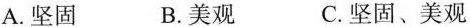
A.坚固 B.美观 C.坚固、美观